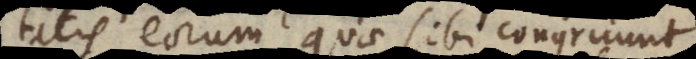
aequalitatis eorum quae sibi congruunt.